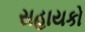
સહાયકો